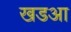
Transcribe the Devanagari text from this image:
खडआ